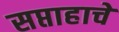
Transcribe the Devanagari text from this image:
सप्ताहाचे